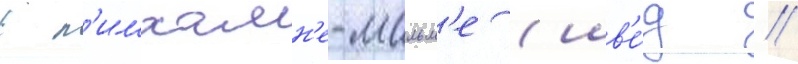
в л'имхамн'е-мальм'е (шв'е́д //